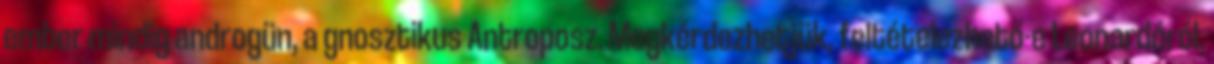
ember min­dig androgün, a gnosztikus Antroposz. Megkérdezhetjük, feltételezhető-e Leonardóról,